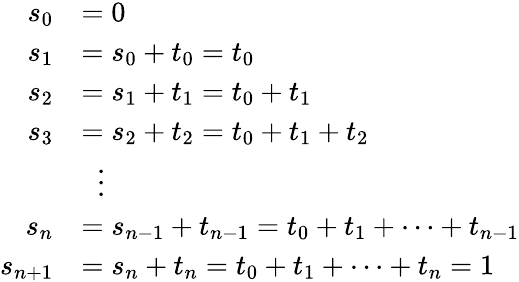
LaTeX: {\begin{array}{rl}{s_{0}}&{=0}\\ {s_{1}}&{=s_{0}+t_{0}=t_{0}}\\ {s_{2}}&{=s_{1}+t_{1}=t_{0}+t_{1}}\\ {s_{3}}&{=s_{2}+t_{2}=t_{0}+t_{1}+t_{2}}\\ &{\; \; \vdots}\\ {s_{n}}&{=s_{n-1}+t_{n-1}=t_{0}+t_{1}+\cdots+t_{n-1}}\\ {s_{n+1}}&{=s_{n}+t_{n}=t_{0}+t_{1}+\cdots+t_{n}=1}\end{array}}